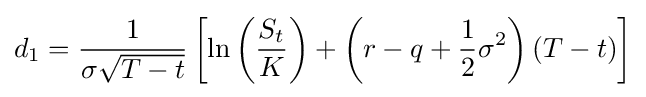
d_{1}={\frac {1}{\sigma {\sqrt {T-t}}}}\left[\ln \left({\frac {S_{t}}{K}}\right)+\left(r-q+{\frac {1}{2}}\sigma ^{2}\right)(T-t)\right]